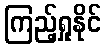
ကြည့်ရှုနိုင်